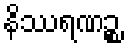
နိဿရဏဉ္စ